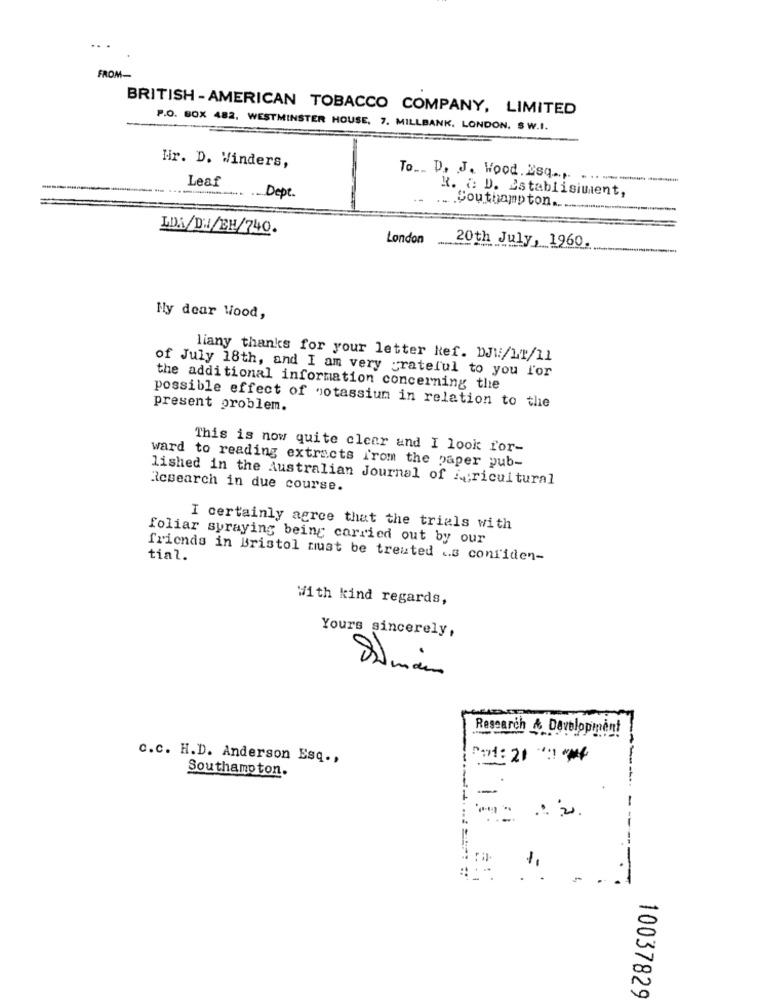
FROM-
BRITISH - AMERICAN TOBACCO COMPANY, LIMITED
P.O. BOX 482. WESTMINSTER HOUSE, 7. MILLBANK, LONDON, S W.I.
Hir. D. Winders,
Leaf
To ... D. J. Wood . ESq ..... . .. ............ .....
R. ¿ D. Establisiment,
Dept.
Southampton ...
LDA/D://EH/740.
London
20th July, 1960
My dear Wood,
liany thanks for your letter kef. DJV/LT/11
of July 18th, and I am very grateful to you l'or
the additional information concerning the
possible effect of potassium in relation to the
present problem.
This is now quite clear and I look for-
ward to reading extracts from the paper pub-
lished in the Australian Journal of ivricultural
Research in due course.
I certainly agree that the trials with
foliar syraying being carried out by our
friends in Bristol must be treated .. s confiden-
tial.
With kind regards,
Yours sincerely,
.
Research & Development
-
c.c. H.D. Anderson Esq .,
Po1:21 : **
Southampton.
-
=
10037829